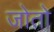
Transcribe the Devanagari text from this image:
जोतो